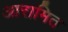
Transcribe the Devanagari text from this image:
आरामित